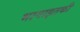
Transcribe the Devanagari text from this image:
भागाइतकी